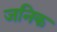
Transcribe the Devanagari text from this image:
जनिक